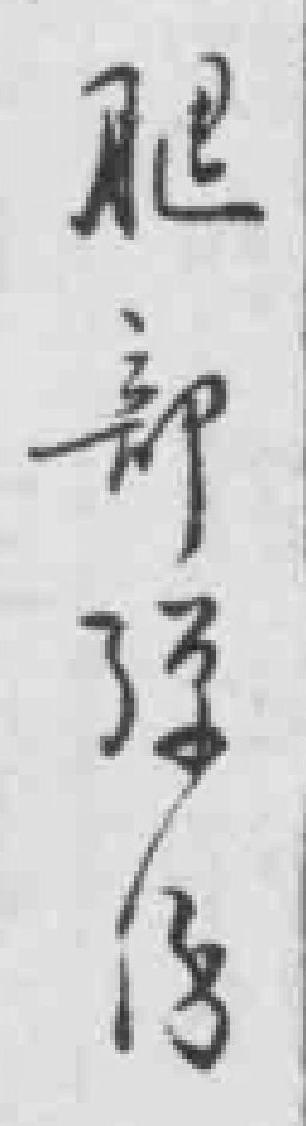
腿部弹伤